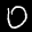
Label: 0